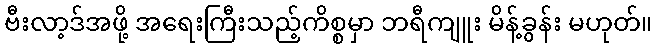
ဗီးလာ့ဒ်အဖို့ အရေးကြီးသည့်ကိစ္စမှာ ဘရီကျူး မိန့်ခွန်း မဟုတ်။